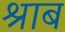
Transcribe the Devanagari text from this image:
श्राब